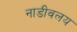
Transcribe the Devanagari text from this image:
नाडीवलय